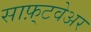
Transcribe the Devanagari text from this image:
साफ़्टवेअर